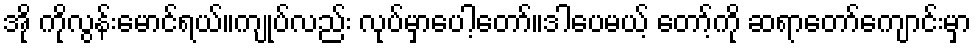
အို ကိုလွန်းမောင်ရယ်။ကျုပ်လည်း လုပ်မှာပေါ့တော်။ဒါပေမယ့် တော့်ကို ဆရာတော်ကျောင်းမှာ